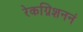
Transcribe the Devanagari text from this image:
रेकग्निशननं